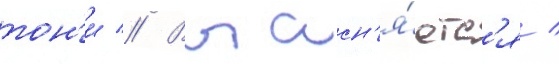
тон'и // Выасн'я́етс'я /